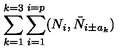
\sum _ { k = 1 } ^ { k = 3 } \sum _ { i = 1 } ^ { i = p } ( N _ { i } , \bar { N } _ { i \pm a _ { k } } )